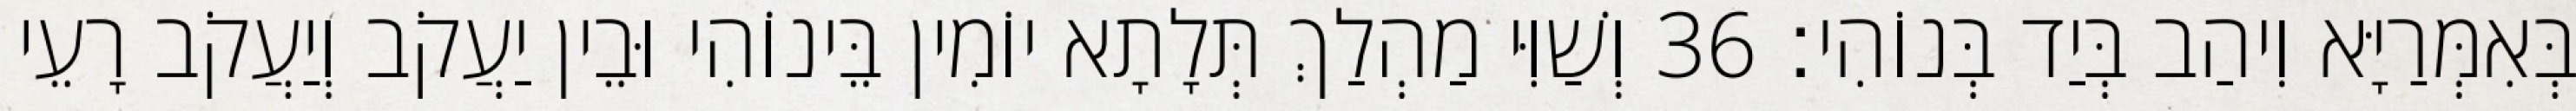
בְּאִמְּרַיָּא וִיהַב בְּיַד בְּנוֹהִי׃ 36 וְשַׁוִּי מַהְלַךְ תְּלָתָא יוֹמִין בֵּינוֹהִי וּבֵין יַעֲקֹב וְיַעֲקֹב רָעֵי